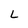
Character: L